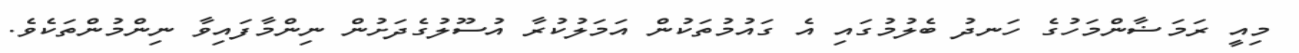
މިއީ ރަމަޟާންމަހުގެ ހަނދު ބެލުމުގައި އެ ގައުމުތަކުން އަމަލުކުރާ އުސޫލުގެދަށުން ނިންމާފައިވާ ނިންމުންތަކެވެ.